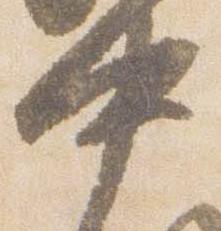
中